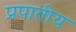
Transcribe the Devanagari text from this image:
प्रपातीय